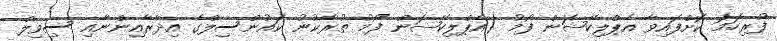
ފުރިހަމަ ކޮށްފައިވާ އެޕްލިކޭޝަން ފޯމު (އެޕްލިކޭޝަން ފޯމު ތުރާކުނު ކައުންސިލްގެ އިދާރާއިންނާއި ސިވިލް